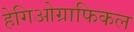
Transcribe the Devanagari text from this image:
हेगिओग्राफिकल